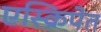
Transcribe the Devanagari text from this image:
एस्क्रिपेत